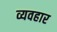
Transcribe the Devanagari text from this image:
व्यवहार